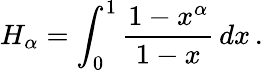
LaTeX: H_{\alpha}=\int_{0}^{1}{\frac{1-x^{\alpha}}{1-x}}\, dx\, .